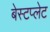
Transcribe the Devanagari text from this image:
बेस्टप्लेट